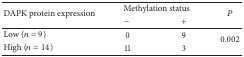
| <ROWSPAN=2> DAPK protein expression | <COLSPAN=2> Methylation status | <ROWSPAN=2> P |
 | − | + |
 | --- | --- | --- | --- |
 | Low (n = 9) | 0 | 9 | <ROWSPAN=2> 0.002 |
 | High (n = 14) | 11 | 3 |